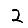
Digit: 2